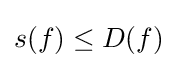
s(f)\leq D(f)